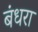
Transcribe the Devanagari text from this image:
बंधरा